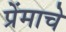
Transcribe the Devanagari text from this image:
प्रेंमाचे